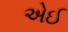
એઈ